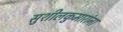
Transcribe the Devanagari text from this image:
सुशीलकुमारांना